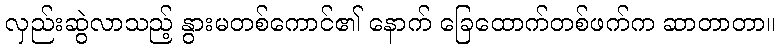
လှည်းဆွဲလာသည့် နွားမတစ်ကောင်၏ နောက် ခြေထောက်တစ်ဖက်က ဆာတာတာ။